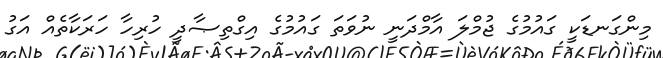
މިންގަނޑަކީ ގައުމުގެ ޖުމްލަ އާމްދަނީ ނުވަތަ ގައުމުގެ އިގްތިޞާދީ ހުރިހާ ހަރަކާތެއް އަގު